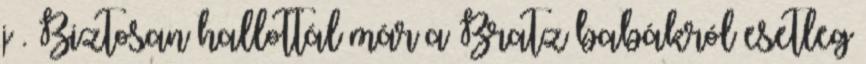
j . Biztosan hallottál már a Bratz babákról esetleg